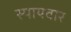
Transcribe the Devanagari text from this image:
स्पायवार